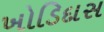
ખોડિદાસ